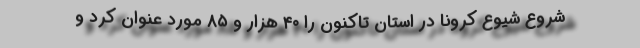
شروع شیوع کرونا در استان تاکنون را ۴۰ هزار و ۸۵ مورد عنوان کرد و